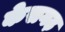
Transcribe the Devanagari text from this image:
केसगढ़